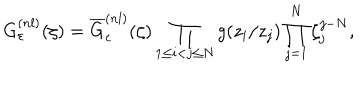
G _ { \varepsilon } ^ { ( n l ) } ( \zeta ) = \overline { { { G } } } _ { \varepsilon } ^ { ( n l ) } ( \zeta ) \prod _ { 1 \leq i < j \leq N } g ( z _ { i } / z _ { j } ) \prod _ { j = 1 } ^ { N } \zeta _ { j } ^ { j - N } ,